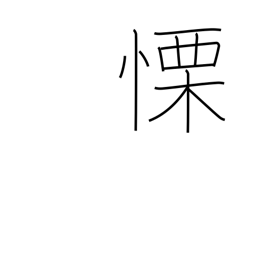
Meaning: fear